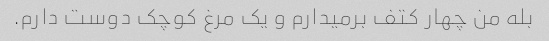
بله من چهار کتف برمیدارم و یک مرغ کوچک دوست دارم.